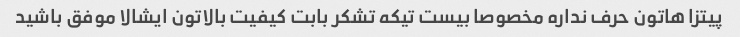
پیتزا هاتون حرف نداره مخصوصا بیست تیکه تشکر بابت کیفیت بالاتون ایشالا موفق باشید